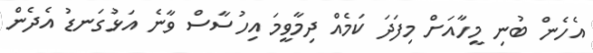
އެހެން ބުނި މީހާއަށް މިފަދަ ކަމެއް ދިމާވީމަ އިހުސާސް ވާނެ އަޅުގަނޑު އެދެން